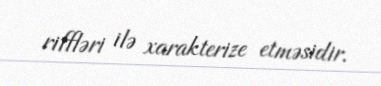
riffləri ilə xarakterize etməsidir.